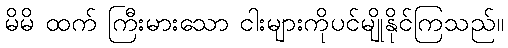
မိမိ ထက် ကြီးမားသော ငါးများကိုပင်မျိုနိုင်ကြသည်။